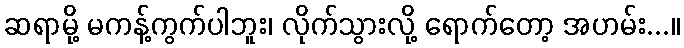
ဆရာမို့ မကန့်ကွက်ပါဘူး၊ လိုက်သွားလို့ ရောက်တော့ အဟမ်း...။